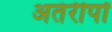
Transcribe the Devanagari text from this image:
अतंरीपों